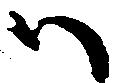
ハ